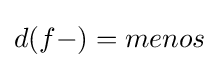
d({f-})=menos